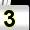
Digit: 3